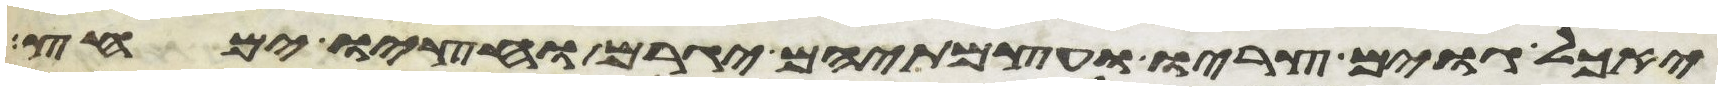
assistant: יאכל גוים צריו ועצמתיהם יגרם וחציו ימחץ